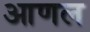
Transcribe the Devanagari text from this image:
आणल